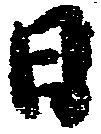
日